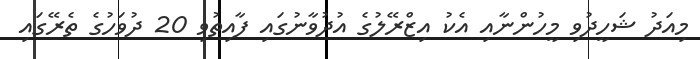
މިއަދު ޝަހީދުވި މީހުންނާއި އެކު އިޒްރޭލުގެ އުދުވާނުގައި ފާއިތުވި 20 ދުވަހުގެ ތެރޭގައި